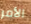
الأمر